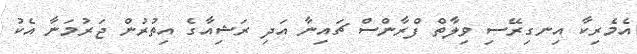
އެމެރިކާ އިނގިރޭސި ވިލާތް ފްރާންސް ޗައިނާ އަދި ރަޝިއާގެ އިތުރުން ޖަރުމަނާ އެކު